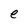
Character: e